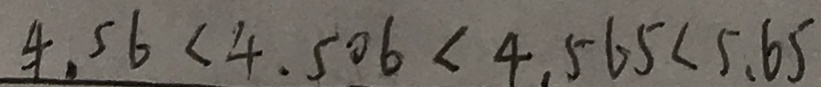
4 . 5 6 < 4 . 5 0 6 < 4 . 5 6 5 < 5 . 6 5